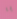
يا